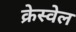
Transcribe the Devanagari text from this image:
क्रेस्वेल